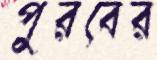
পুরবের